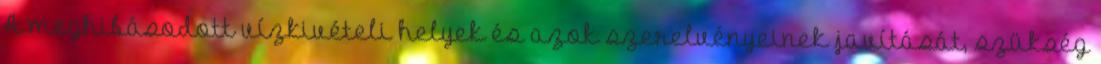
A meghibásodott vízkivételi helyek és azok szerelvényeinek javítását, szükség